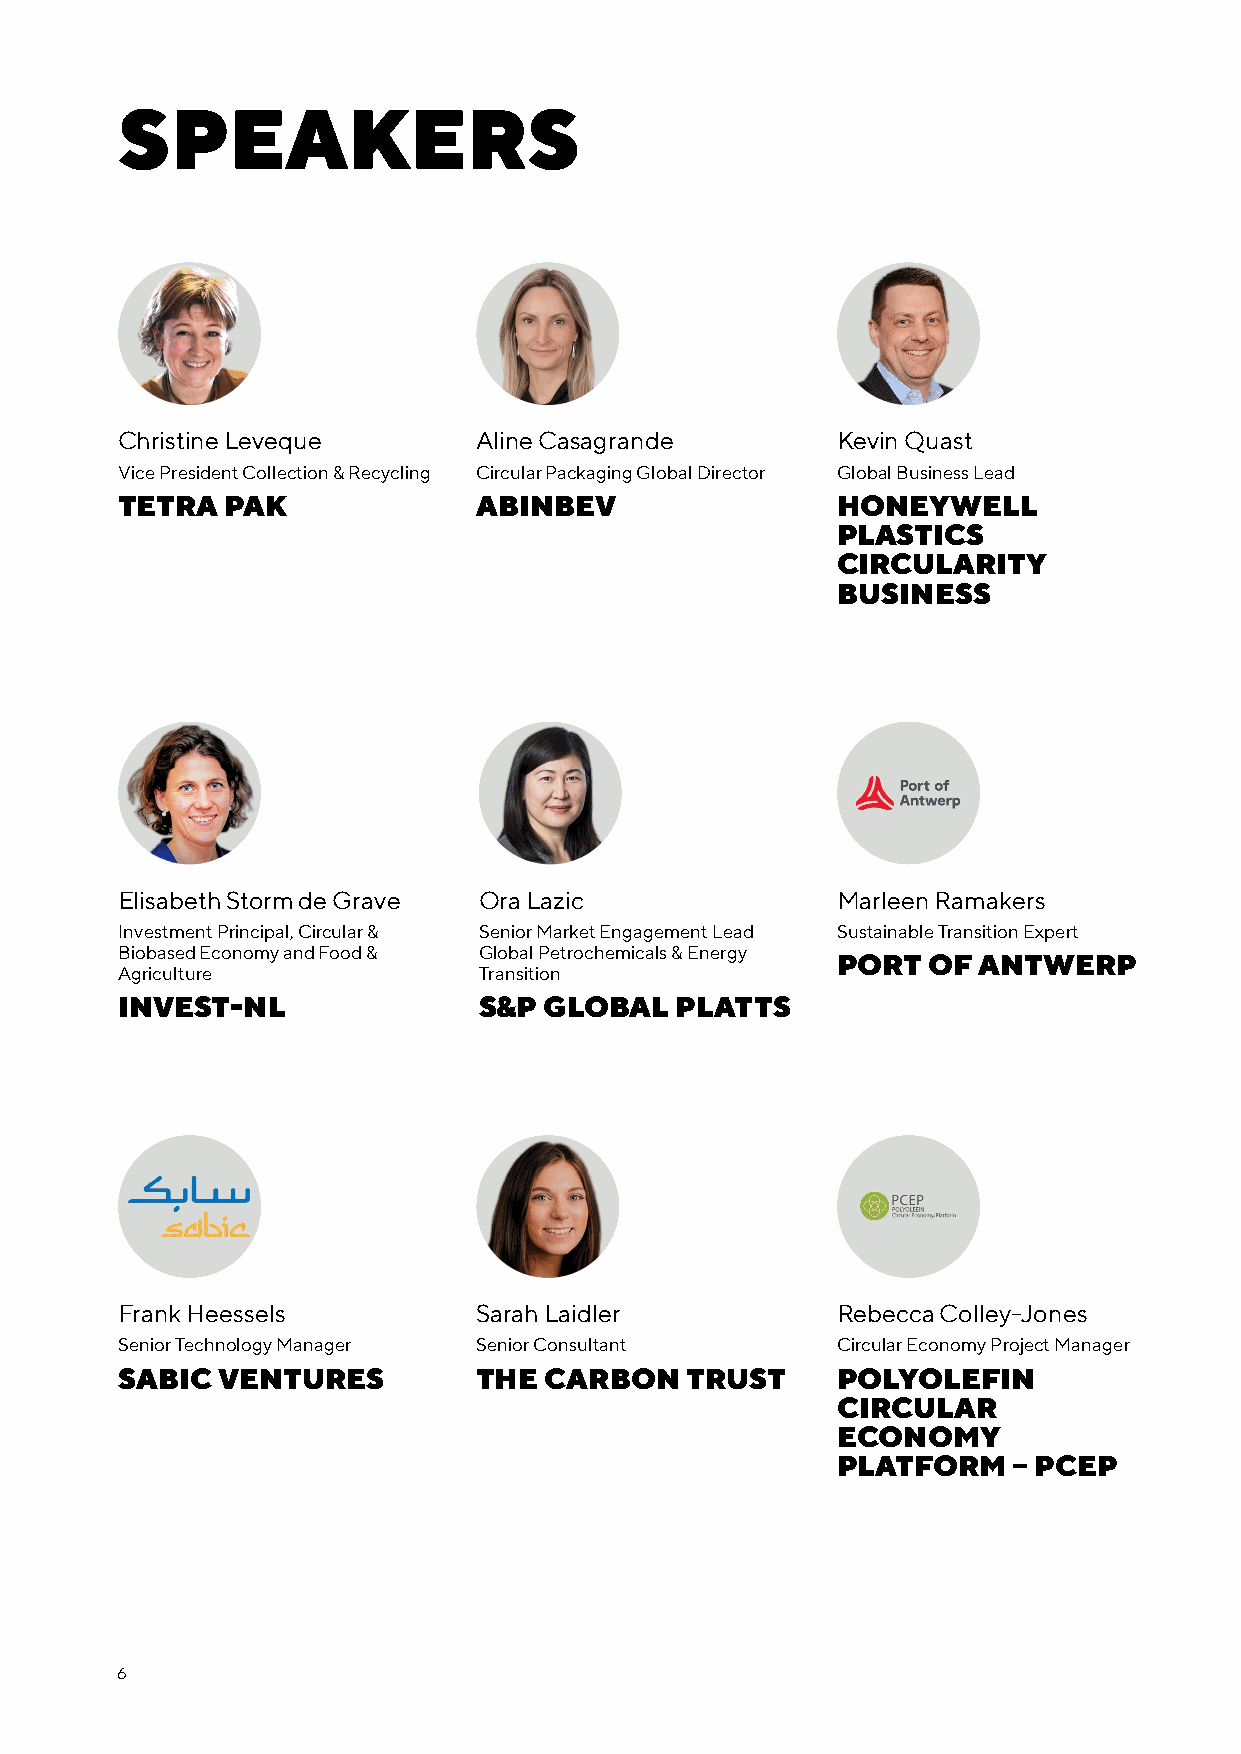
SPEAKERS
 Christine Leveque       Aline Casagrande       Kevin Quast
 Vice President Collection & Recycling Circular Packaging Global Director Global Business Lead
 TETRA  PAK              ABINBEV                HONEYWELL
 PLASTICS
 CIRCULARITY
 BUSINESS
 Elisabeth Storm de Grave Ora Lazic             Marleen Ramakers
 Investment Principal, Circular & Senior Market Engagement Lead Sustainable Transition Expert
 Biobased Economy and Food & Global Petrochemicals & Energy
 PORT  OF  ANTWERP
 Agriculture             Transition
 INVEST-NL               S&P GLOBAL   PLATTS
 Frank Heessels          Sarah Laidler          Rebecca Colley-Jones
 Senior Technology Manager Senior Consultant    Circular Economy Project Manager
 SABIC VENTURES          THE CARBON   TRUST     POLYOLEFIN
 CIRCULAR
 ECONOMY
 PLATFORM    – PCEP
 6